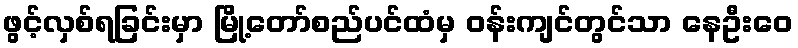
ဖွင့်လှစ်ရခြင်းမှာ မြို့တော်စည်ပင်ထံမှ ဝန်းကျင်တွင်သာ နေဦးဝေ